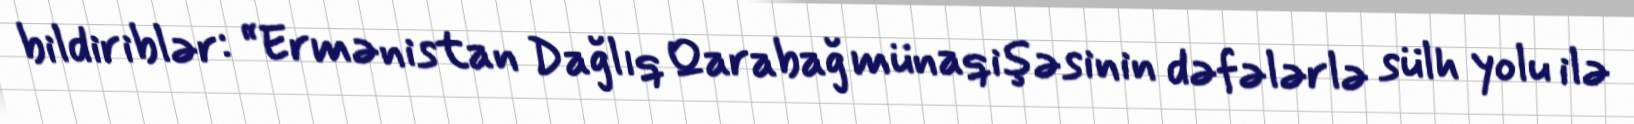
bildiriblər: “Ermənistan Dağlıq Qarabağ münaqişəsinin dəfələrlə sülh yolu ilə